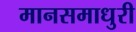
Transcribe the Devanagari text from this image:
मानसमाधुरी